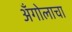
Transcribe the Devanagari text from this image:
अँगोलाचा